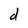
Character: d